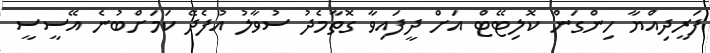
ފަރީދިއްޔާ ހިންގަން ކޮލިޓޭޓް އަށް ދީފައިވާ ގޮތާމެދު ސުވާލު އުފެދޭ ކަމަށްބުނެ އޭސީސީ